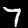
Digit: 7